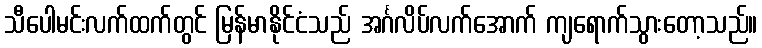
သီပေါမင်းလက်ထက်တွင် မြန်မာနိုင်ငံသည် အင်္ဂလိပ်လက်အောက် ကျရောက်သွားတော့သည်။